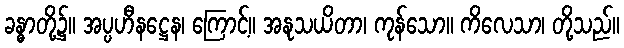
ခန္ဓာတို့၌။ အပ္ပဟီနဋ္ဌေန၊ ကြောင့်။ အနုသယိတာ၊ ကုန်သော။ ကိလေသာ၊ တို့သည်။